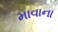
માવાના